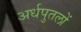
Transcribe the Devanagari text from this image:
अर्धपुतलों